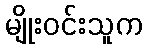
မျိုးဝင်းသူက